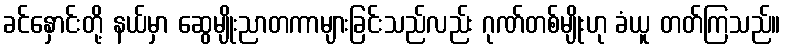
ခင်နှောင်းတို့ နယ်မှာ ဆွေမျိုးညာတကာများခြင်းသည်လည်း ဂုဏ်တစ်မျိုးဟု ခံယူ တတ်ကြသည်။